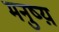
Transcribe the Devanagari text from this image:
मनुष्य़